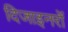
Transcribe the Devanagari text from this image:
दिजाइनरों